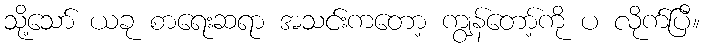
သို့သော် ယခု စာရေးဆရာ အသင်းကတော့ ကျွန်တော့်ကို ပ လိုက်ပြီ။